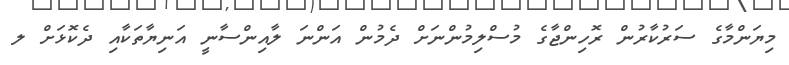
މިޔަންމާގެ ސަރުކާރުން ރޮހިންޖާގެ މުސްލިމުންނަށް ދެމުން އަންނަ ލާއިންސާނީ އަނިޔާތަކާއި ދެކޮޅަށް ލ